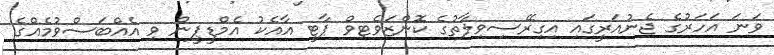
ވަނަ އަހަރުގެ ޖެނުއަރީގައި އިގިރޭސިވިލާތުގެ ކޮންޒަވެޓިވް ޕާޓީ އާއެކު އެމްޑީޕީން ވި އެއްބަސްވުމެއްގެ